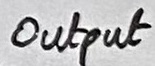
Text: Output